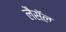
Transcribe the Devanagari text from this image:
लैसॅल